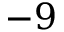
- 9